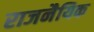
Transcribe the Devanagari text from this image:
राजनैयिक